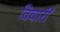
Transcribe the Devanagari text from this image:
विचारीं